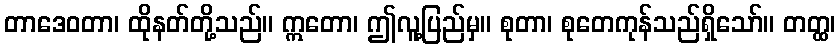
တာဒေဝတာ၊ ထိုနတ်တို့သည်။ ဣတော၊ ဤလူ့ပြည်မှ။ စုတာ၊ စုတေကုန်သည်ရှိသော်။ တတ္ထ၊